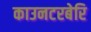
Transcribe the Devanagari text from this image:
काउनटरबेरि